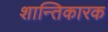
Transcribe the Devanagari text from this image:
शान्तिकारक